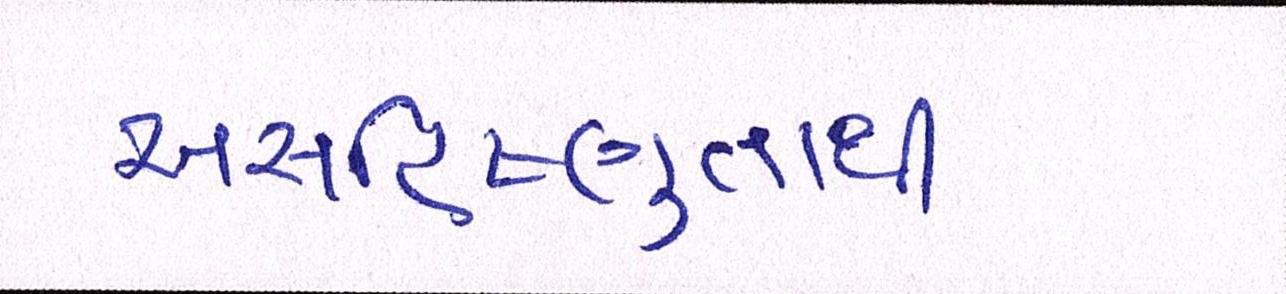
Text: અસહિષ્ણુતાથી